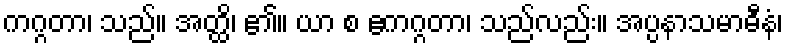
ကဂ္ဂတာ၊ သည်။ အတ္ထိ၊ ၏။ ယာ စ ဧကဂ္ဂတာ၊ သည်လည်း။ အပ္ပနာသမာဓီနံ၊